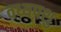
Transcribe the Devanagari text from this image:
वध्यपशु